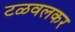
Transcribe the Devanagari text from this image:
टळवलकर